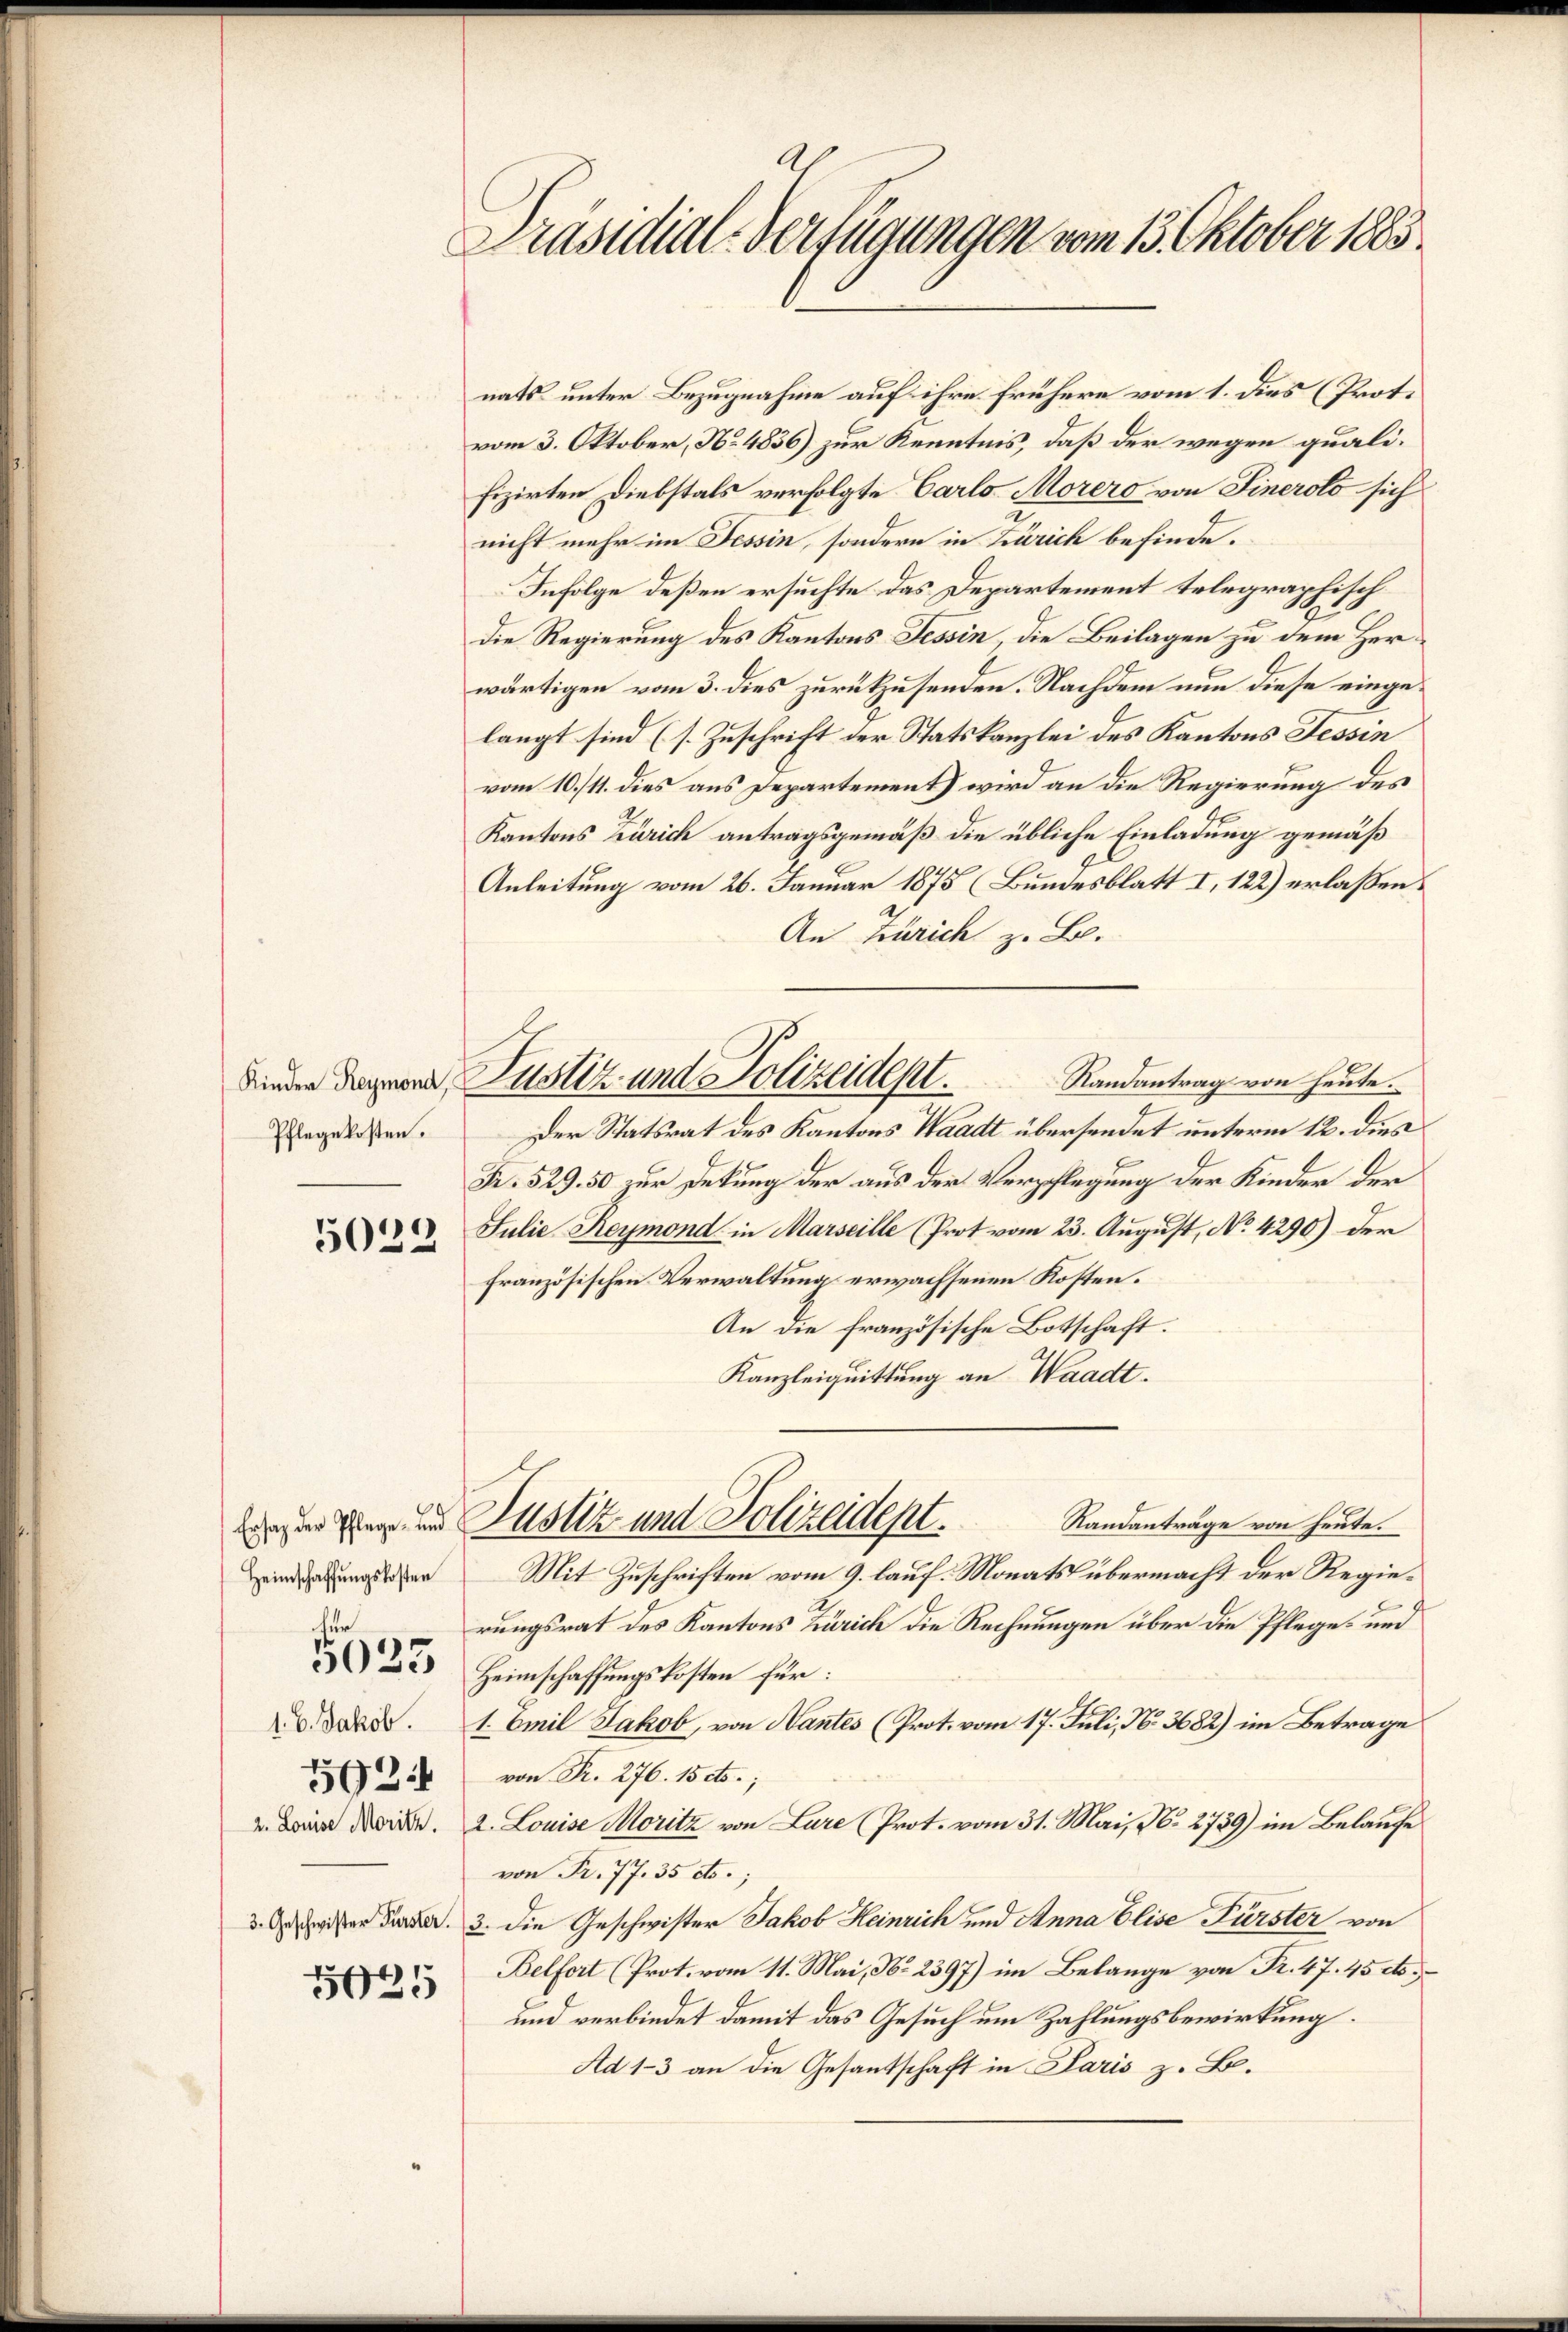
Kinder Reymond,
Pflegekosten.

5032

Ersatz der Pflege- und
Heimschaffungskosten
für

5023

2. Louise Moritz.

592

142

Präsidial-Verfügungen vom 13. Oktober 1883

nats unter Bezugnahme auf ihre frühere vom 1. dies (Prot.
vom 3. Oktober, No. 4836) zur Kenntnis, daß der wegen qualifizirten Diebstals verfolgte Carlo Morers von Sinerolo sich
nicht mehr im Tessin, sondern in Zürich befinde.
Infolge deßen ersuchte das Departement telegraphisch
die Regierung des Kantons Tessin, die Beilagen zu dem Herwärtigen vom 3. dies zurükzusenden. Nachdem nun diese eingelangt sind (s. Zuschrift der Statskanzlei des Kantons Tessin
vom 10./11. dies aus Departement) wird an die Regierung des
Kantons Zürich antragsgemäß die übliche Einladung gemäß
Anleitung vom 26. Januar 1875 (Bundesblatt I, 122) erlaßen.
An Zürich z. B.
Randantrag von heute.
Der Statsrat des Kantons Waadt übersendet unterm 12. dies
Fr. 529. 50 zur Detung der aus der Verpflegung der Kinder der
Julie Reymond in Marseille (Prot vom 23. August, No. 4290) der
französischen Verwaltung erwachsenen Kosten.
An die französische Botschaft.
Kanzleiquittung an Waadt.
Justiz und Polizeidept.
Randanträge von heute.
Mit Zuschriften vom 9. lauf. Monats übermacht der Regierungsrat des Kantons Zürich die Rechnungen über die Pfleges und
Heimschaffungskosten für:
d. d. 1. Emil Jakob, von Hantes (Prot. vom 17. Juli, No. 3682) im Betrage
von Fr. 276. 15 cts.;
2. Louise Moritz von Lure (Prot. vom 31. Mai, N. 2739) im Belaufe
von Fr. 77. 35 cts.;
.in der 3. die Geschwister Jakob Heinrich und Anna Elise Fürster von
Belfort (Prot. vom 11. Mai, No. 2397) im Belange von Fr. 47. 45 c.
und verbindet damit das Gesuch um Zahlungsbewirkung.
Ad 1-3 an die Gesantschaft in Paris z. B.

Justiz und Polizeidept.